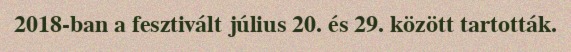
2018-ban a fesztivált július 20. és 29. között tartották.